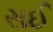
સઈ